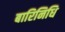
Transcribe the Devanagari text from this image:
बारिनिधि